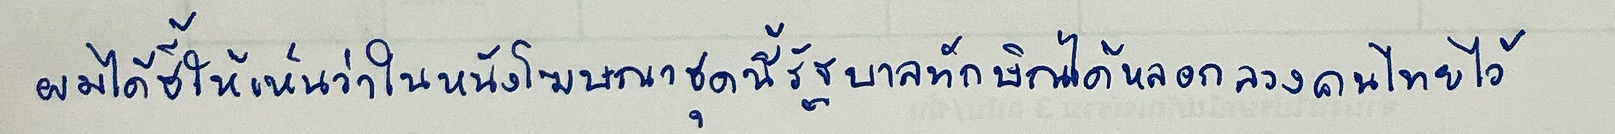
ผมได้ชี้ให้เห็นว่าในหนังโฆษณาชุดนี้รัฐบาลทักษิณได้หลอกลวงคนไทยไว้